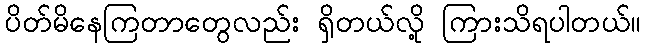
ပိတ်မိနေကြတာတွေလည်း ရှိတယ်လို့ ကြားသိရပါတယ်။